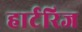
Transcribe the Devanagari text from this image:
हार्टरिज